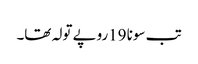
تب سونا 19روپے تولہ تھا۔